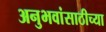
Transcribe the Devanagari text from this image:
अनुभवांसाठीच्या